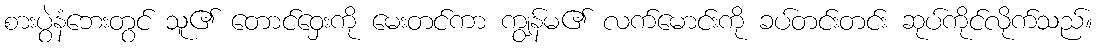
စားပွဲနံဘေးတွင် သူ၏ တောင်ဝှေးကို မေးတင်ကာ ကျွန်မ၏ လက်မောင်းကို ခပ်တင်းတင်း ဆုပ်ကိုင်လိုက်သည်။